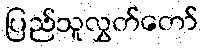
ပြည်သူလွှတ်တော်